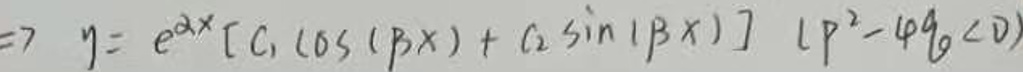
$=7\ y = e^{\alpha x}[C_1\cos(\beta x)+C_2\sin(\beta x)]\ (p^{2}-4q_0<0)$